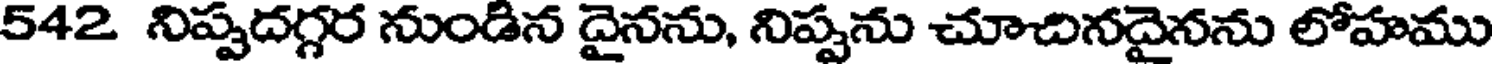
542 నిప్పదగ్గర నుండిన దైనను, నిప్పను చూచినదైనను లోహము